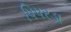
પિપરડા